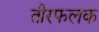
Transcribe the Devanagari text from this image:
तीरफलक